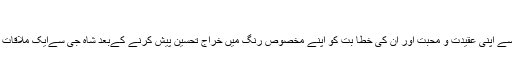
‘‘
سید عطا ء اللہ شاہ بخاری سے اپنی عقیدت و محبت اور ان کی خطا بت کو اپنے مخصوص رنگ میں خراج تحسین پیش کرنے کےبعد شاہ جی سےایک ملاقات کی تفصیل تحریر کی ہے ۔